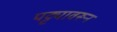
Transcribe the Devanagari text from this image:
पट्ट्यावरून